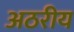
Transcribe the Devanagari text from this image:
अठरीय